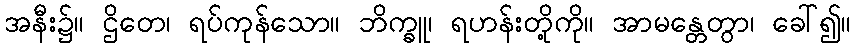
အနီး၌။ ဌိတေ၊ ရပ်ကုန်သော။ ဘိက္ခူ၊ ရဟန်းတို့ကို။ အာမန္တေတွာ၊ ခေါ်၍။